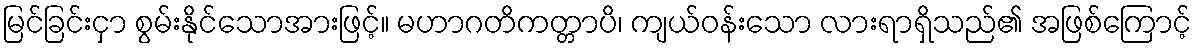
မြင်ခြင်းငှာ စွမ်းနိုင်သောအားဖြင့်။ မဟာဂတိကတ္တာပိ၊ ကျယ်ဝန်းသော လားရာရှိသည်၏ အဖြစ်ကြောင့်